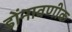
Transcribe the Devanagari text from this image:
डोंनावणीक